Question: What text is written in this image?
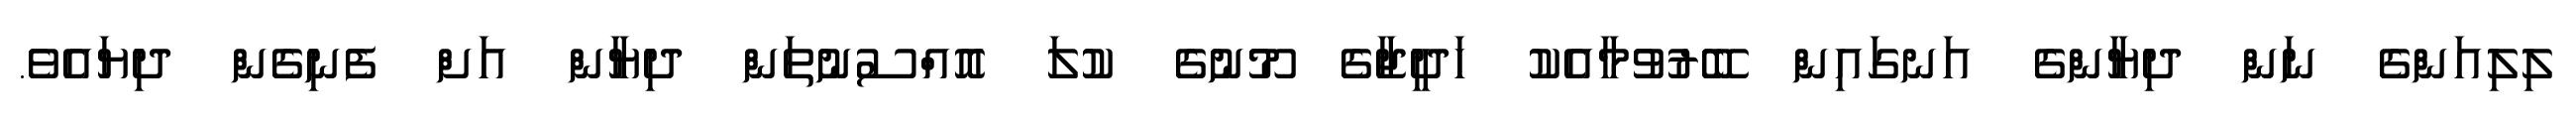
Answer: ލިލިއަންގެ ނަން ދިޔާންގެ އަނގައިން ބޭރުވުމާއެކު ހަދީޖާގެ މޫނުގެ ކުލަ އޮއްސުނުތަން ދިޔާން އަށް ފެނިގެން ދިޔައެވެ.